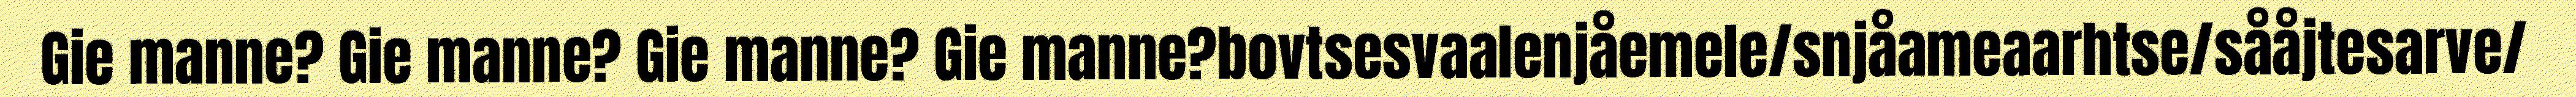
Gie manne? Gie manne? Gie manne? Gie manne?bovtsesvaalenjåemele/snjåameaarhtse/sååjtesarve/